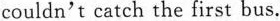
couldn't catch the first bus.